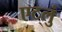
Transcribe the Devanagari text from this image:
एटलुं